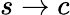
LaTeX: s\to c